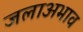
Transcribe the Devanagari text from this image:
जलाअभाव